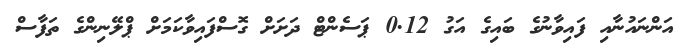
އަންނައުނާއި ފައިވާނުގެ ބައިގެ އަގު 0.12 ޕަސެންޓް ދަށަށް ގޮސްފައިވާކަމަށް ޕްލޭނިންގެ ތަފާސް